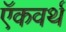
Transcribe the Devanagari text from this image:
ऍकवर्थ